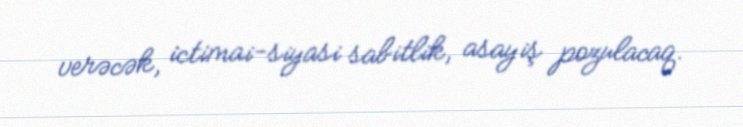
verəcək, ictimai-siyasi sabitlik, asayiş pozulacaq.